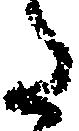
た